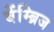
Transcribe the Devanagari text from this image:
बेंम्ब्रिज